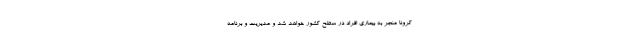
کرونا منجر به بیماری افراد در سطح کشور خواهد شد و مدیریت و برنامه